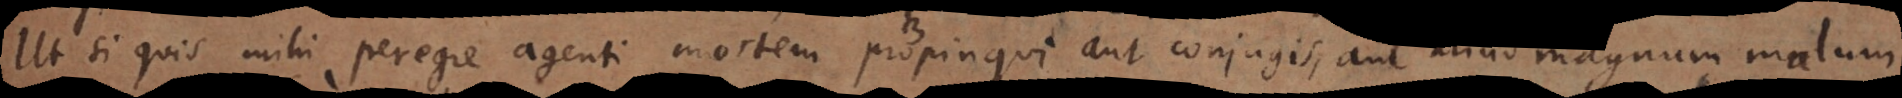
Ut si quis mihi peregre agenti mortem propinqui aut conjugis, aut aliud magnum malum